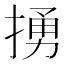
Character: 𢰭